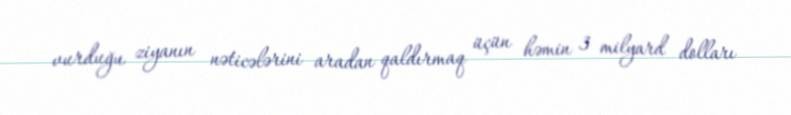
vurduğu ziyanın nəticələrini aradan qaldırmaq üçün həmin 3 milyard dolları